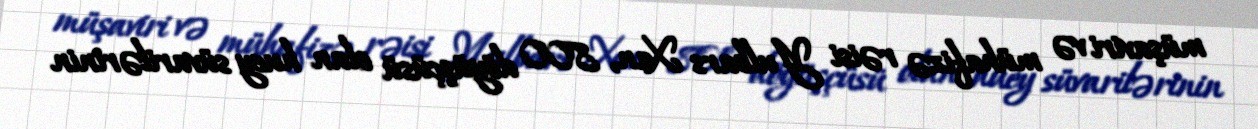
müşaviri və mühafizə rəisi Yulbars Xan, 800 döyüşçüsü olan huey süvarilərinin